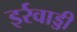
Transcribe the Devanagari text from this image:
इर्रवाड्डी